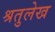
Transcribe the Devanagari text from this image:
श्रतुलेख